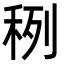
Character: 䅀